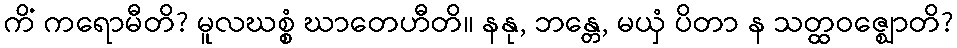
ကိံ ကရောမီတိ? မူလဃစ္စံ ဃာတေဟီတိ။ နနု, ဘန္တေ, မယှံ ပိတာ န သတ္ထဝဇ္ဈောတိ?